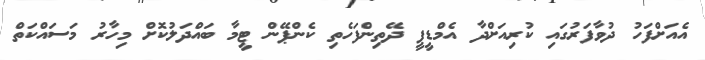
އެއަށްފަހު ދުވާފަރުގައި ކުރިއަށްދާ އެމްޑީޕީ ދޭތިންފަހެތި ކެންޕޭން ޓީމާ ބައްދަލުކޮށް މިހާރު މަސައްކަތް